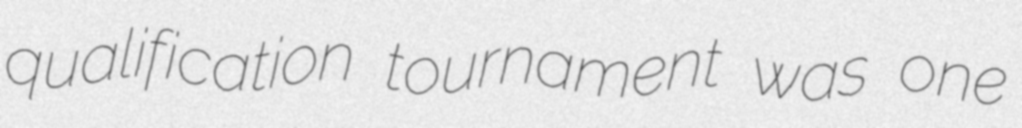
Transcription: qualification tournament was one